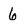
Character: 6